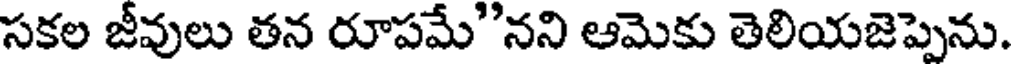
సకల జీవులు తన రూపమే"నని ఆమెకు తెలియజెప్పెను.